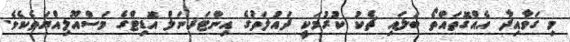
މި ގަވާއިދާ އެއްގޮތައްތޯ ބަލައި ޗެކު ކުރުމަކީ ދައުލަތުގެ އިންޓަރނަލް އޮޑިޓްގެ މަސްއޫލިއްޔަތެކެވެ.